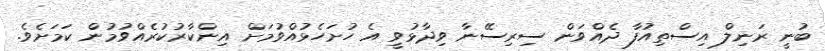
ބުނީ ރަނިލް އިސްތިއުފާ ދެއްވަން ސިރިސޭނާ ވިދާޅުވީ އެ ހުށަހެޅުއްވުމަށް އިންކާރުކުރެއްވުމުން ކަމަށެވެ.